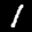
Label: 1